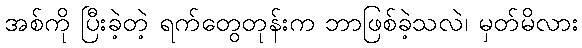
အစ်ကို ပြီးခဲ့တဲ့ ရက်တွေတုန်းက ဘာဖြစ်ခဲ့သလဲ၊ မှတ်မိလား